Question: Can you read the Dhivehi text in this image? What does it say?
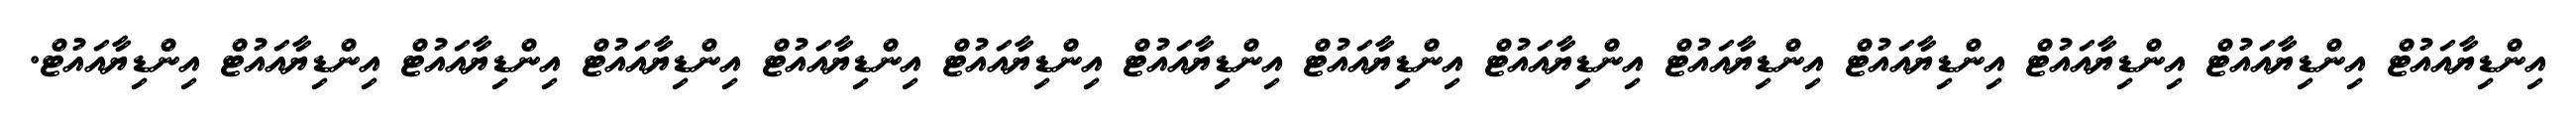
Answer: އިންޑިޔާއައުޓް އިންޑިޔާއައުޓް އިންޑިޔާއައުޓް އިންޑިޔާއައުޓް އިންޑިޔާއައުޓް އިންޑިޔާއައުޓް އިންޑިޔާއައުޓް އިންޑިޔާއައުޓް އިންޑިޔާއައުޓް އިންޑިޔާއައުޓް އިންޑިޔާއައުޓް އިންޑިޔާއައުޓް އިންޑިޔާއައުޓް އިންޑިޔާއައުޓް.